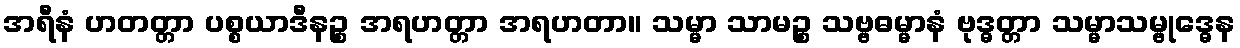
အရီနံ ဟတတ္တာ ပစ္စယာဒီနဉ္စ အရဟတ္တာ အရဟတာ။ သမ္မာ သာမဉ္စ သဗ္ဗဓမ္မာနံ ဗုဒ္ဓတ္တာ သမ္မာသမ္ဗုဒ္ဓေန